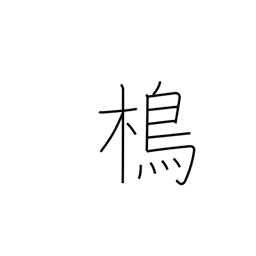
Meaning: type of bird